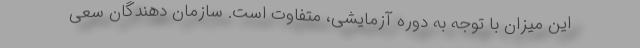
این میزان با توجه به دوره آزمایشی، متفاوت است. سازمان دهندگان سعی